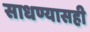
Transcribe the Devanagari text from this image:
साधण्यासही